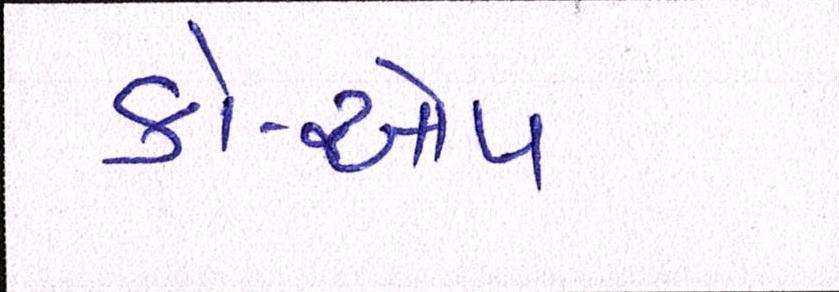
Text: કો-ઓપ